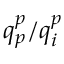
q _ { p } ^ { p } / q _ { i } ^ { p }